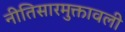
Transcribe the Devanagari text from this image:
नीतिसारमुक्तावली